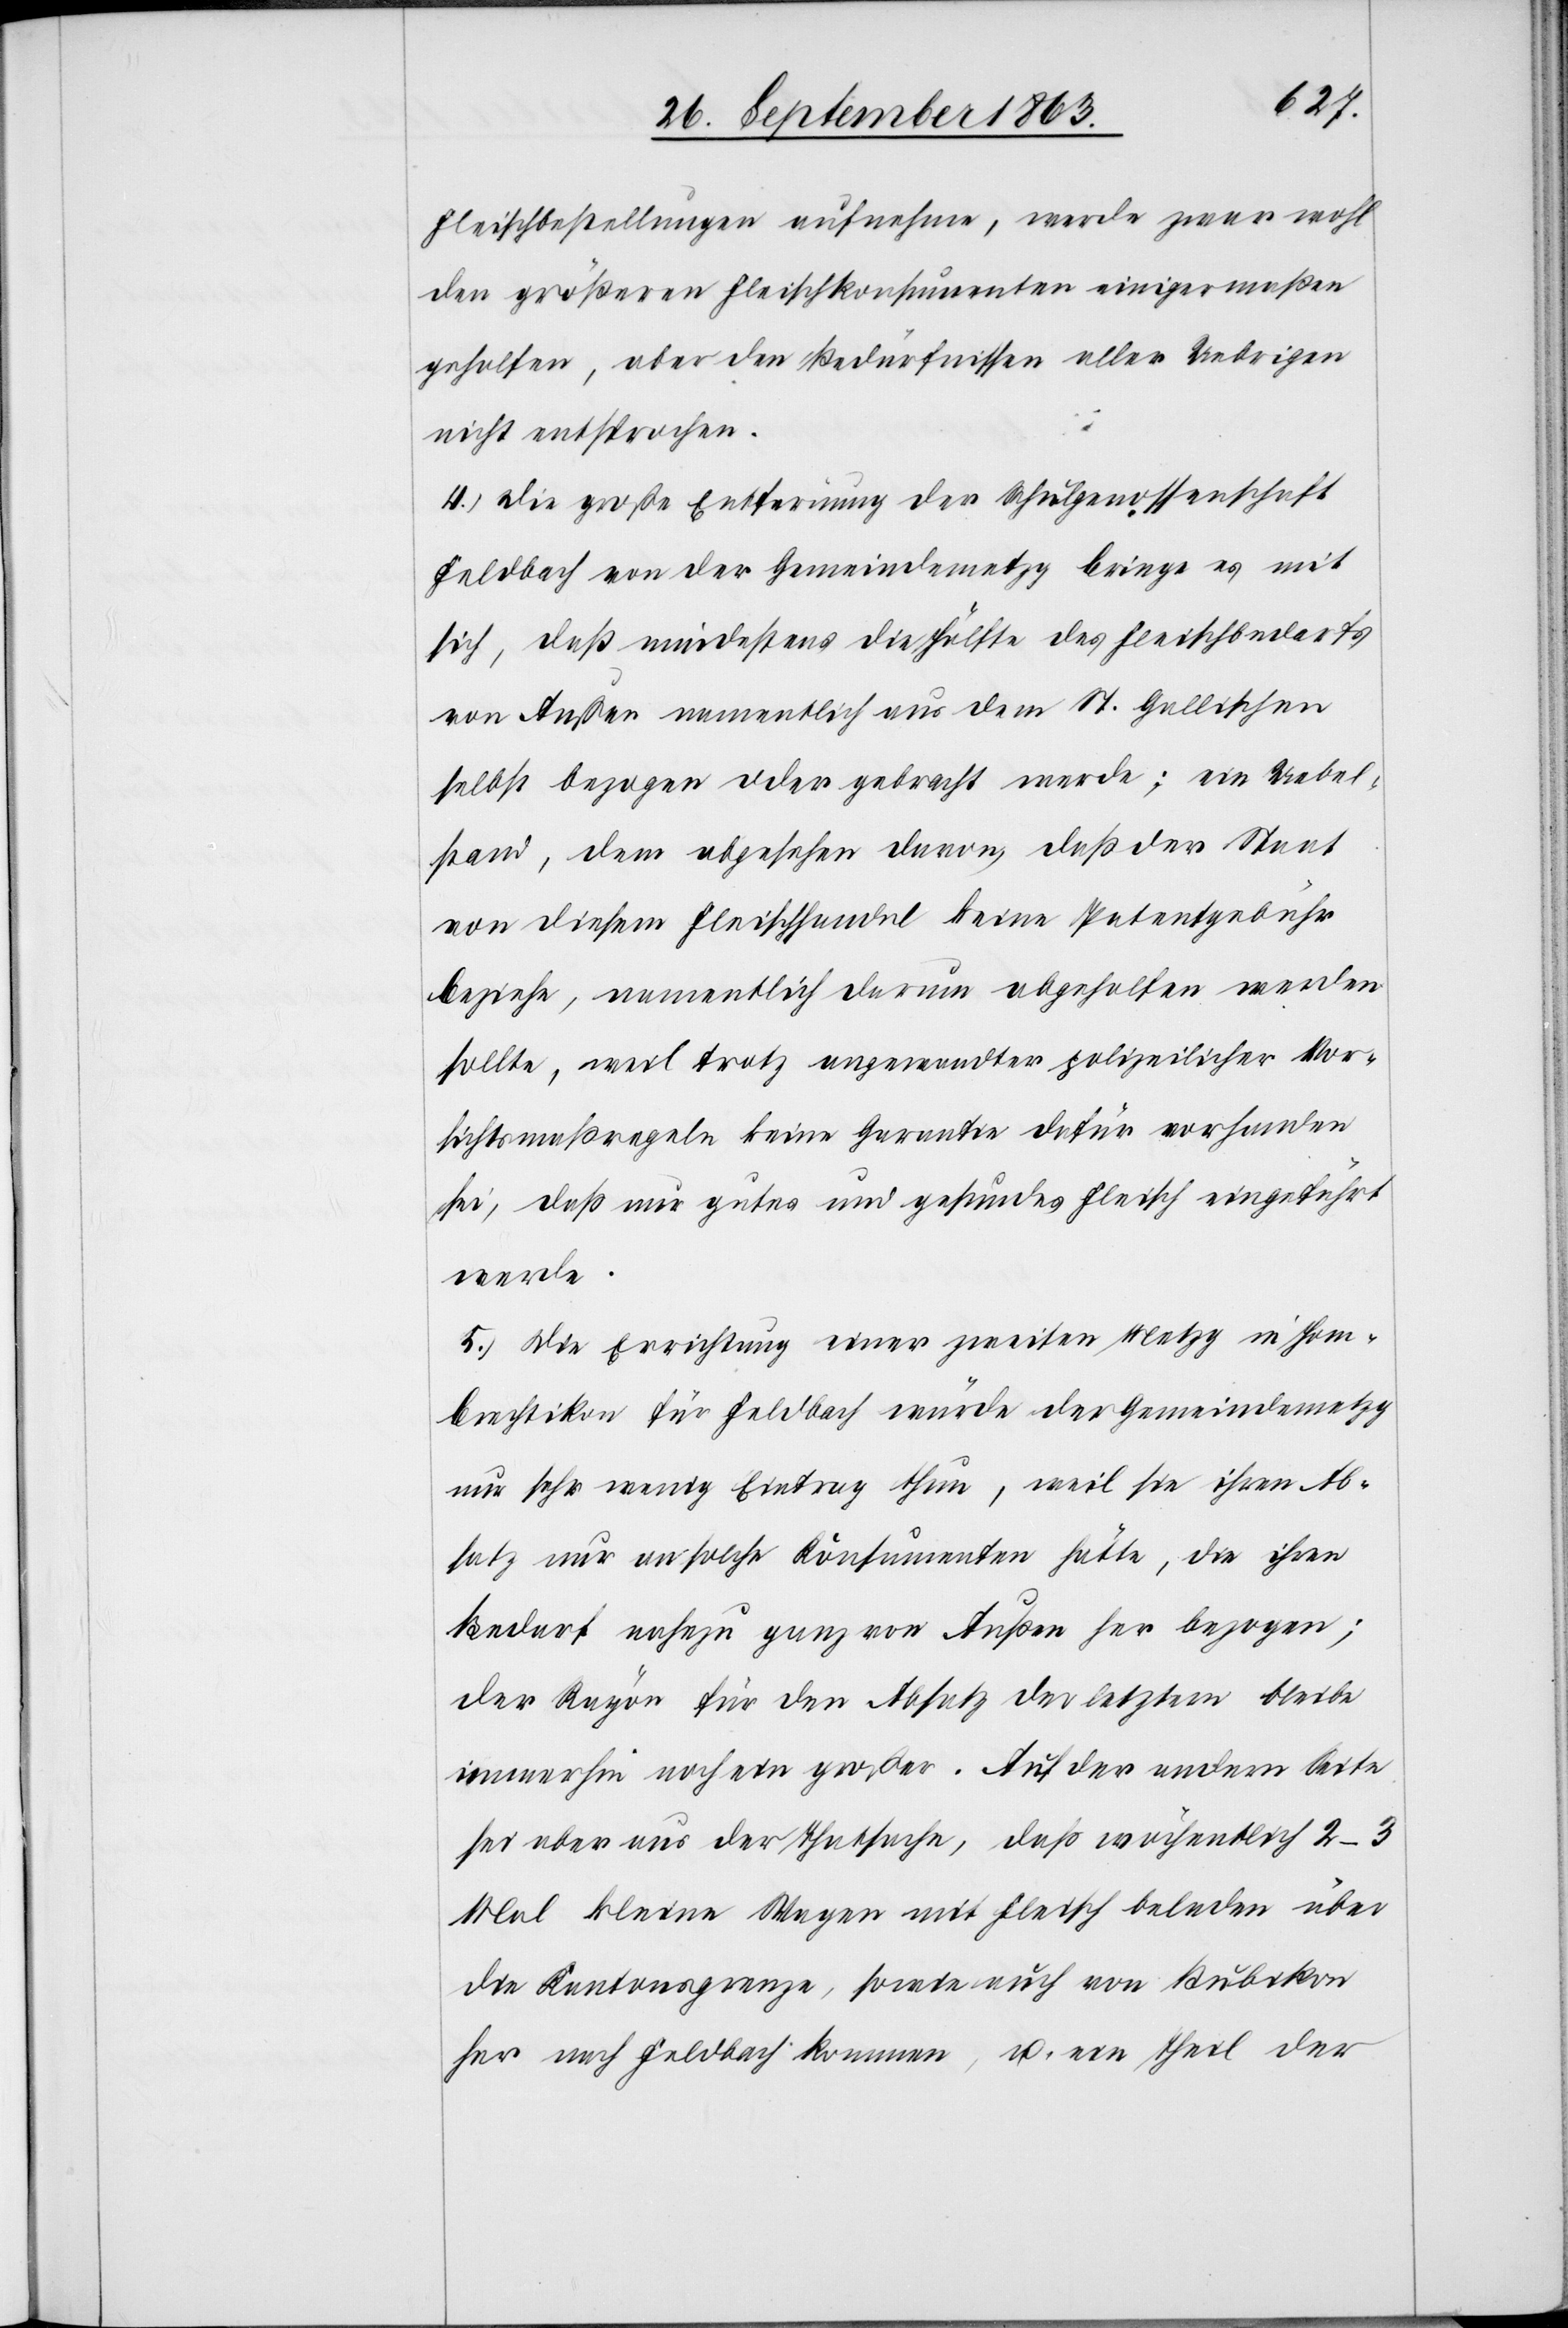
Fleischbestellungen aufnehme, werde zwar wohl
den größeren Fleischkonsumenten einigermaßen
geholfen, aber den Bedürfnissen aller Uebrigen
nicht entsprochen.
4.) Die große Entfernung der Schulgenossenschaft
Feldbach von der Gemeindemetzg bringe es mit
sich, daß mindestens die Hälfte des Fleischbedarfs
von Außen namentlich aus dem St. Gallischen
selbst bezogen oder gebracht werde; ein Uebel¬
stand, dem abgesehen davon, daß der Staat
von diesem Fleischhandel keine Patentgebühr
beziehe, namentlich darum abgeholfen werden
sollte, weil trotz angewandter polizeilicher Vor¬
sichtsmaßregeln keine Garantie dafür vorhanden
sei, daß nur gutes und gesundes Fleisch eingeführt
werde.
5.) Die Errichtung einer zweiten Metzg in Hom¬
brechtikon für Feldbach würde der Gemeindemetzg
nur sehr wenig Eintrag thun, weil sie ihren Ab¬
satz nur an solche Konsumenten hätte, die ihren
Bedarf nahezu ganz von Außen her bezogen;
der Rayon für den Absatz der letztern bleibe
immerhin noch ein großer. Auf der andern Seite
sei aber aus der Thatsache, daß wöchentlich 2–3
Mal kleine Wagen mit Fleisch beladen über
die Kantonsgrenze, sowie auch von Bubikon
her nach Feldbach kommen, u. ein Theil der